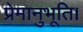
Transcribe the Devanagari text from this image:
प्रेमानुभूति।